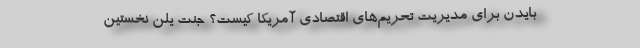
بایدن برای مدیریت تحریم‌های اقتصادی آمریکا کیست؟ جَنِت یِلِن نخستین